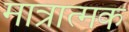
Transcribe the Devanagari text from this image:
मात्रात्‍मक